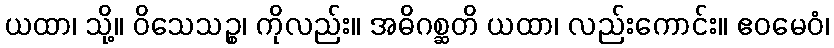
ယထာ၊ သို့။ ဝိသေသဉ္စ၊ ကိုလည်း။ အဓိဂစ္ဆတိ ယထာ၊ လည်းကောင်း။ ဧဝမေဝံ၊